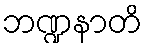
ဘဏ္ဍနာတိ